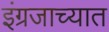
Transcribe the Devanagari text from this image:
इंग्रजाच्यात